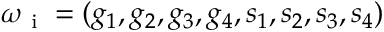
\boldsymbol { \omega } _ { \textnormal { \scriptsize i } } = ( g _ { 1 } , g _ { 2 } , g _ { 3 } , g _ { 4 } , s _ { 1 } , s _ { 2 } , s _ { 3 } , s _ { 4 } )